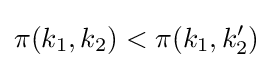
\pi (k_{1},k_{2})<\pi (k_{1},k_{2}')